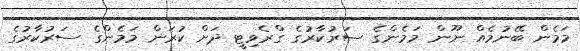
މަމެން ބޭނުމެއް ނޫން މަމެންގެ ސަރުކާރުގެ ގްރެވިޓީ ދަށް ކުރަން މަމެންގެ ސަރުކާރުގެ